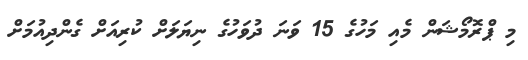
މި ޕްރޮމޯޝަން މެއި މަހުގެ 15 ވަނަ ދުވަހުގެ ނިޔަލަށް ކުރިއަށް ގެންދިއުމަށް